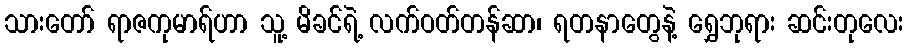
သားတော် ရာဇကုမာရ်ဟာ သူ့ မိခင်ရဲ့ လက်ဝတ်တန်ဆာ၊ ရတနာတွေနဲ့ ရွှေဘုရား ဆင်းတုလေး